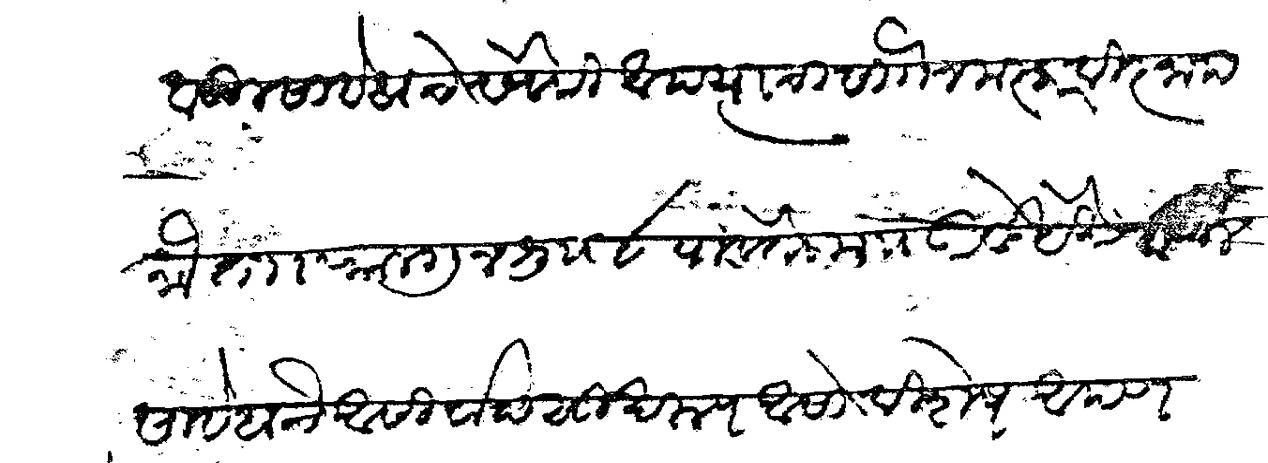
Transliteration (Devanagari): वडीलसाहेबाचे सेवेसी आपत्याचा सा नमस्कार विज्ञाप ना ता फाल्गुन शु ८ पावेतो मु उरवडे येथे वडील साहेबाचे आसीर्वाद सुखरूप आसो विशेष आपण